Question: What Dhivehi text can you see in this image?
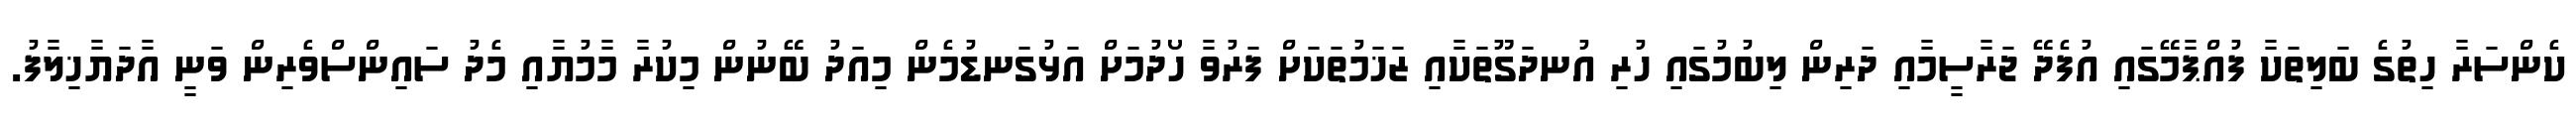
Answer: ކެންސަރާ ހިތުގެ ބަލިތަކާ ފުއްޕާމޭގައި އުފެދޭ ޖަރާސީމާއި ދަރިން ލިބުމުގައި ހުރި އުނދަގޫތަކާއި ޒަޚަމުތަކަށް ފަރުވާ ހޯދުމަށް އަޅުގަނޑުމެން މިއަދު ބޭނުން މިކުރާ މާމުޔާއި މެދު ސައިންސްވެރިން ވަނީ އާދަޔާޚިލާފު.